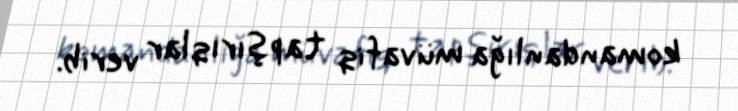
komandanlığa müvafiq tapşırıqlar verib.